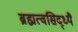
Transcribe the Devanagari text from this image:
ब्रह्मत्वसिद्ध्यै